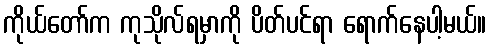
ကိုယ်တော်က ကုသိုလ်ရမှာကို ပိတ်ပင်ရာ ရောက်နေပါ့မယ်။